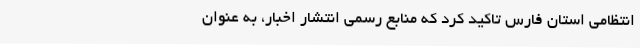
انتظامی استان فارس تاکید کرد که منابع رسمی انتشار اخبار، به عنوان